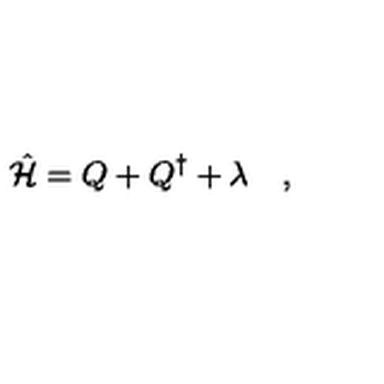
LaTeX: \hat { \cal H } = Q + Q ^ { \dagger } + \lambda \quad ,